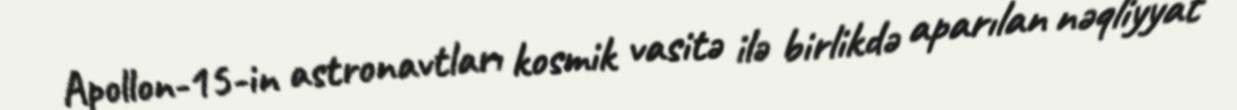
Apollon-15-in astronavtları kosmik vasitə ilə birlikdə aparılan nəqliyyat